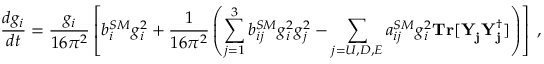
{ \frac { d g _ { i } } { d t } } = { \frac { g _ { i } } { 1 6 \pi ^ { 2 } } } \left[ b _ { i } ^ { S M } g _ { i } ^ { 2 } + { \frac { 1 } { 1 6 \pi ^ { 2 } } } \left( \sum _ { j = 1 } ^ { 3 } b _ { i j } ^ { S M } g _ { i } ^ { 2 } g _ { j } ^ { 2 } - \sum _ { j = U , D , E } a _ { i j } ^ { S M } g _ { i } ^ { 2 } { \bf T r } [ { \bf Y _ { j } ^ { } Y _ { j } ^ { \dagger } } ] \right) \right] \; ,